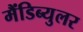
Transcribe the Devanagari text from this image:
मैंडिब्युलर